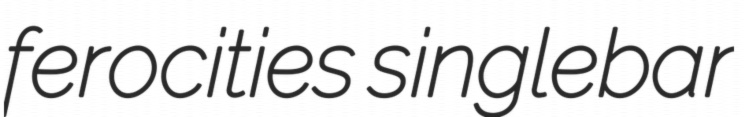
ferocities singlebar